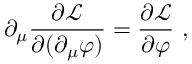
\partial _ { \mu } \frac { \partial { \mathcal { L } } } { \partial ( \partial _ { \mu } \varphi ) } = \frac { \partial { \mathcal { L } } } { \partial \varphi } \ ,